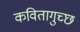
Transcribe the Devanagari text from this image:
कवितागुच्छ